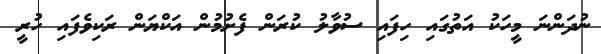
ނުދަންނަ މީހަކު އަތުގައި ހިފައި ސުވާލު ކުރަން ފެށުމުން އަކްޔަން ރަކިވެފައި ހުރީ